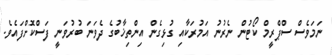
ނަމަވެސް ސްޕްރީމް ކޯޓުން ނެރުނު އަމުރަކާއި ގުޅިގެން އިންތިޚާބުގެ ދެވަނަ ބުރުވަނީ ފަސްކޮށްފައެވެ.